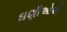
ઘણીઓએ